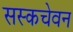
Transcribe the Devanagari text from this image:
सस्कचेवन